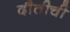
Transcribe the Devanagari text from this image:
दौतीची